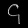
Digit: ၄